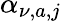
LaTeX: \alpha_{\nu,a,j}